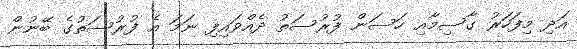
އަދި މިފަހަރު ގާސިމާއި ހަސަން ފުރުސަތު ދެއްވައިފި ނަމަ އެ ފުރުސަތުގެ ބޭނުން